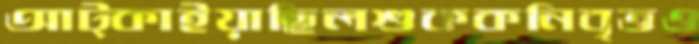
আট্‌কাইয়াছিলশুককনিবৃত্তও